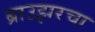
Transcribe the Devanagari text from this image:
ब्राउझरचा